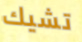
تشيك